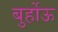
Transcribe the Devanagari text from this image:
बुर्होऊ